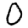
Digit: 0